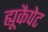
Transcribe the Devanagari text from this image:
ह्यूकैपेट